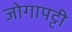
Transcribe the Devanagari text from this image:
जोगापट्टी